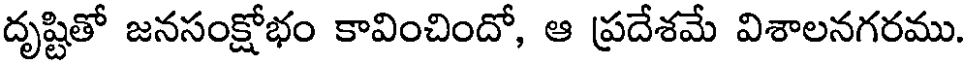
దృష్టితో జనసంక్షోభం కావించిందో, ఆ ప్రదేశమే విశాలనగరము.